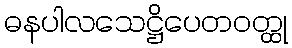
ဓနပါလသေဋ္ဌိပေတဝတ္ထု